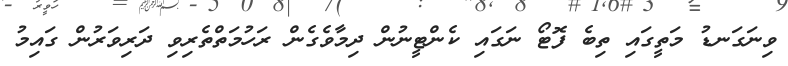
ވިނަގަނޑު މަތީގައި ތިބެ ފޮޓޯ ނަގައި ކެންޓީނުން ދިމާވެގެން ރަހުމަތްތެރިވި ދަރިވަރުން ގައިމު